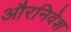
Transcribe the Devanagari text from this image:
औरनिवेश